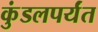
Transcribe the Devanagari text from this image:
कुंडलपर्यंत